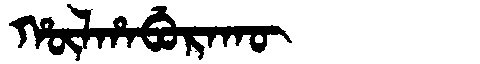
Manchu: ᡥᡡᠯᡥᠠᠪᡠᡵᠠᡴᡡ
Romanization: HŪLHABURAKŪ